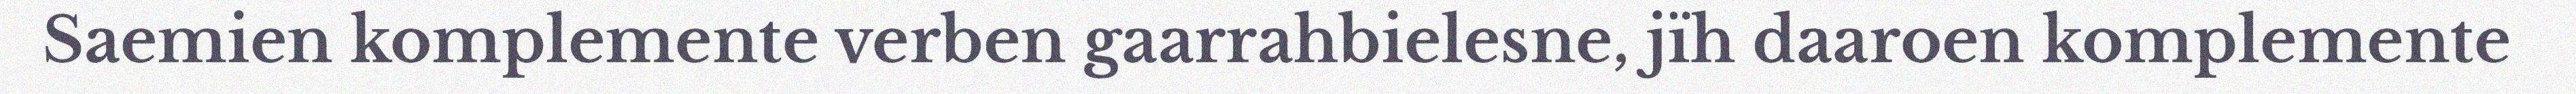
Saemien komplemente verben gaarrahbielesne, jïh daaroen komplemente